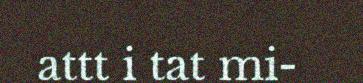
attt i tat mi-